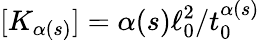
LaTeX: [K_{\alpha(s)}]=\alpha(s)\ell_{0}^{2}/t_{0}^{\alpha(s)}